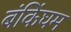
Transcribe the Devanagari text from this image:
बंकिंघम